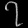
Digit: ၇